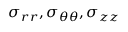
\sigma _ { r r } , \sigma _ { \theta \theta } , \sigma _ { z z }